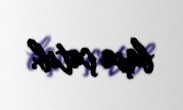
başa çatıb.